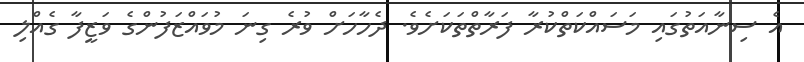
އެ ސިނާއަތުގައި މަސައްކަތްކުރާ ފަރާތްތަކަށެވެ. ދެހާހަށް ވުރެ ގިނަ މުވައްޒަފުންގެ ވަޒީފާ ގެއްލި